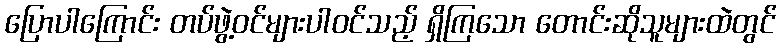
ပြောပါကြောင်း တပ်ဖွဲ့ဝင်များပါဝင်သည့် ရှိကြသော တောင်းဆိုသူများထဲတွင်